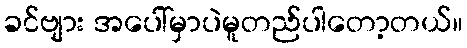
ခင်ဗျား အပေါ်မှာပဲမူတည်ပါတော့တယ်။